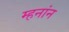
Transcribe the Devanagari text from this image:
म्हनांन